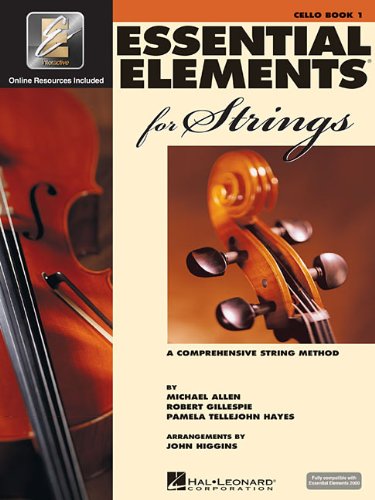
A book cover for Essential Elements for Strings - Book 1 with EEi: Cello; Robert Gillespie; Arts & Photography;